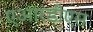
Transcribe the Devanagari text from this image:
एआरडीएस